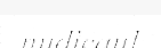
nudicaul